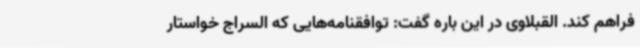
فراهم کند. القبلاوی در این باره گفت: توافقنامه‌هایی که السراج خواستار